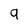
Character: 9